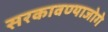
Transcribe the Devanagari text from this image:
सरकावण्याजोगे